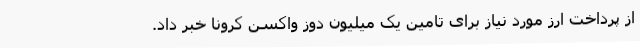
از پرداخت ارز مورد نیاز برای تامین یک میلیون دوز واکسن کرونا خبر داد.